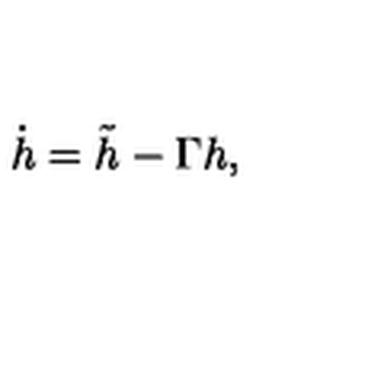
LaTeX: { \dot { h } } = { \tilde { h } } - \Gamma h ,